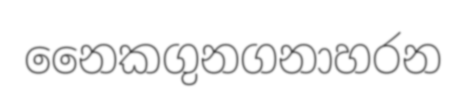
නෛකගුනගනාහරන